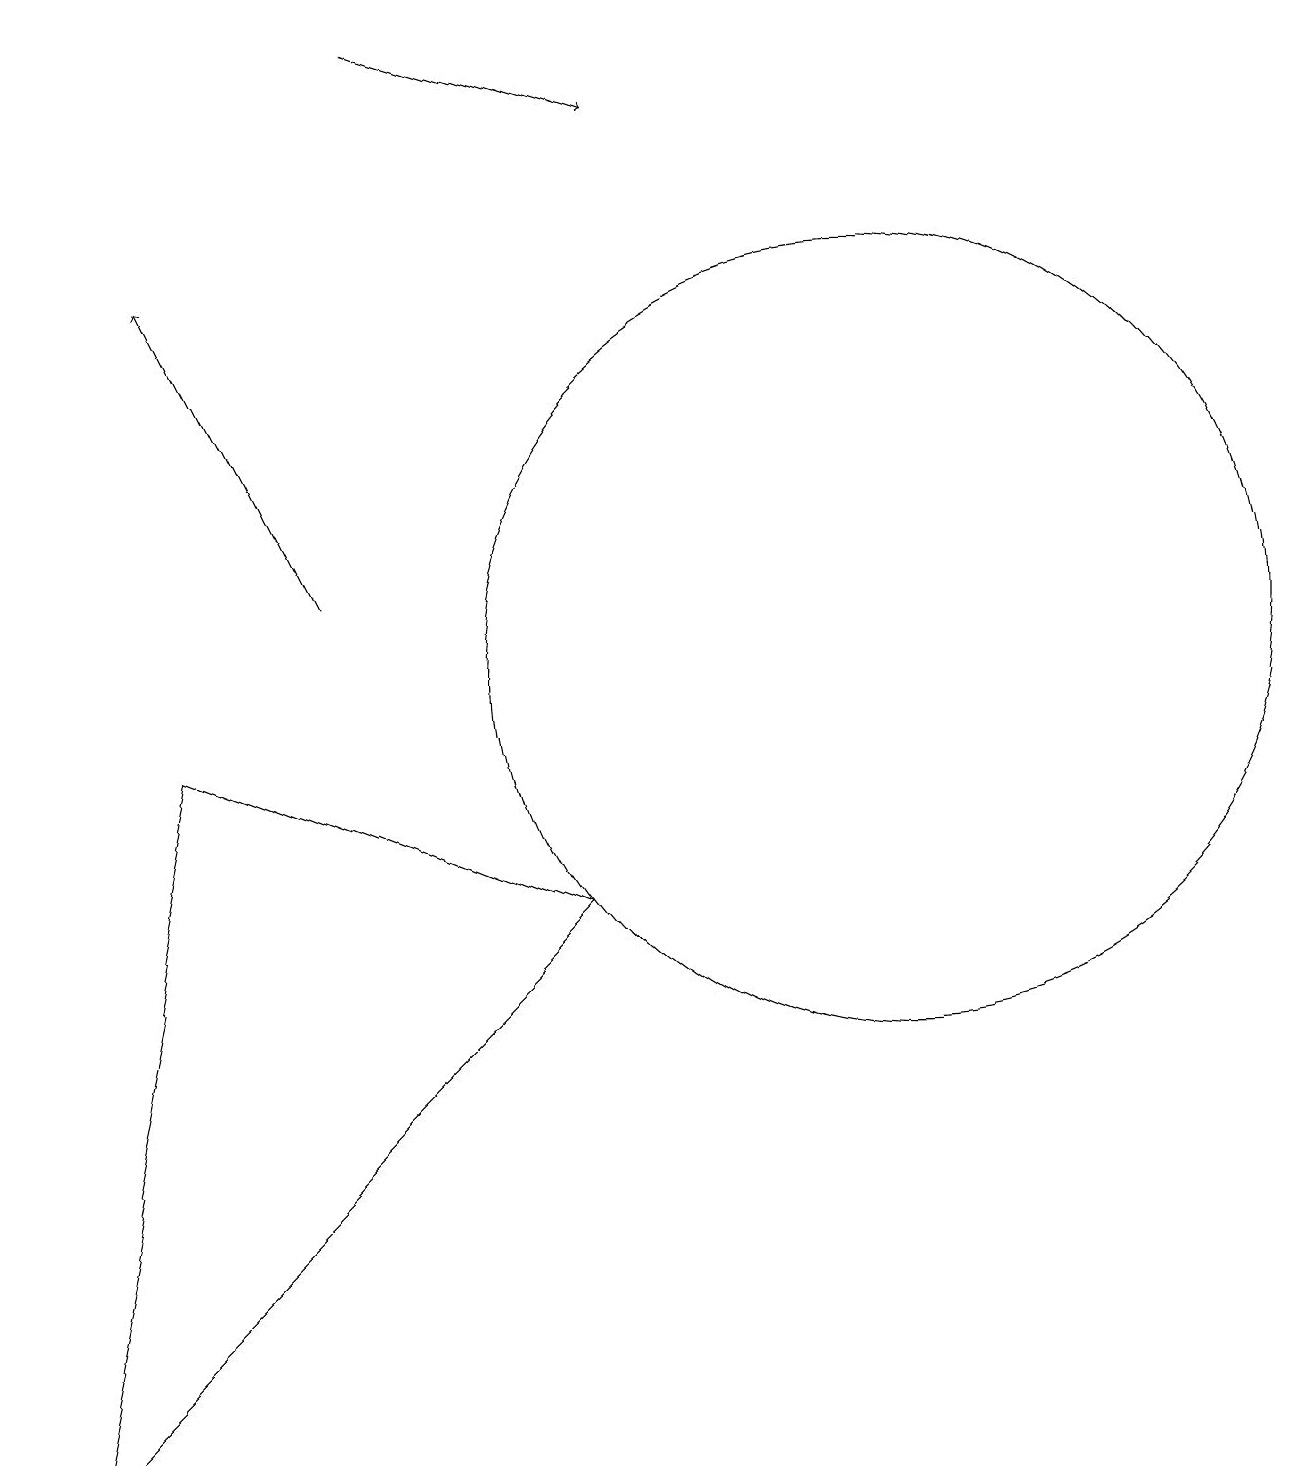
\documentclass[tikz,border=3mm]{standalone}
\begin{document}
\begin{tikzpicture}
\draw[->] (4,11) -- (2,15);
\draw (7,7) -- (0,0) -- (2,9) -- cycle;
\draw (12,12) circle (0);
\draw (11,10) circle (5);
\draw[->] (5,18) -- (8,17);
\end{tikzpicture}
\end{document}